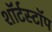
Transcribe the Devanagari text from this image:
शॉर्टस्टॉप